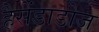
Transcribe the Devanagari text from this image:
हैसेंडाडोज